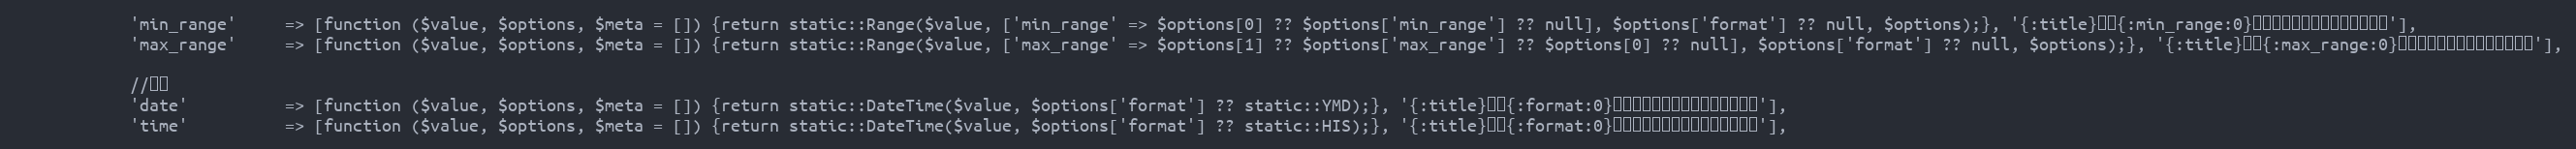
Language: PHP
			'min_range'		=> [function ($value, $options, $meta = []) {return static::Range($value, ['min_range' => $options[0] ?? $options['min_range'] ?? null], $options['format'] ?? null, $options);}, '{:title}には{:min_range:0}以上の値を入力してください。'],
			'max_range'		=> [function ($value, $options, $meta = []) {return static::Range($value, ['max_range' => $options[1] ?? $options['max_range'] ?? $options[0] ?? null], $options['format'] ?? null, $options);}, '{:title}には{:max_range:0}以下の値を入力してください。'],

			//日付
			'date'			=> [function ($value, $options, $meta = []) {return static::DateTime($value, $options['format'] ?? static::YMD);}, '{:title}には{:format:0}形式の日付を入力してください。'],
			'time'			=> [function ($value, $options, $meta = []) {return static::DateTime($value, $options['format'] ?? static::HIS);}, '{:title}には{:format:0}形式の時間を入力してください。'],